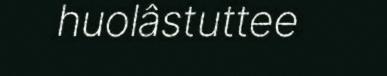
huolâstuttee